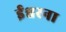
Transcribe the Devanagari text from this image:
ईश्वरना